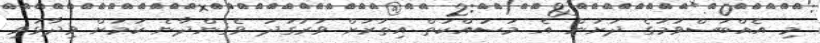
މި އެއްބަސްވުމުގެ ދަށުން އެ މަސައްކަތް އިތުރަށް ވަރުގަދަ ވެގެންދާނެ ކަމަށް ވިދާޅުވި